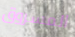
المسروق